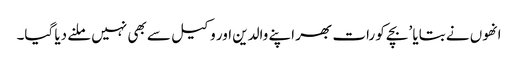
انھوں نے بتایا ’بچے کو رات بھر اپنے والدین اور وکیل سے بھی نہیں ملنے دیا گیا۔